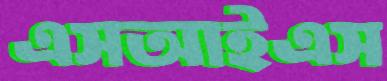
এসআইএস